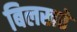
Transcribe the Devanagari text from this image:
बिलखते